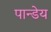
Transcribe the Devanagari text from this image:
पान्डेय